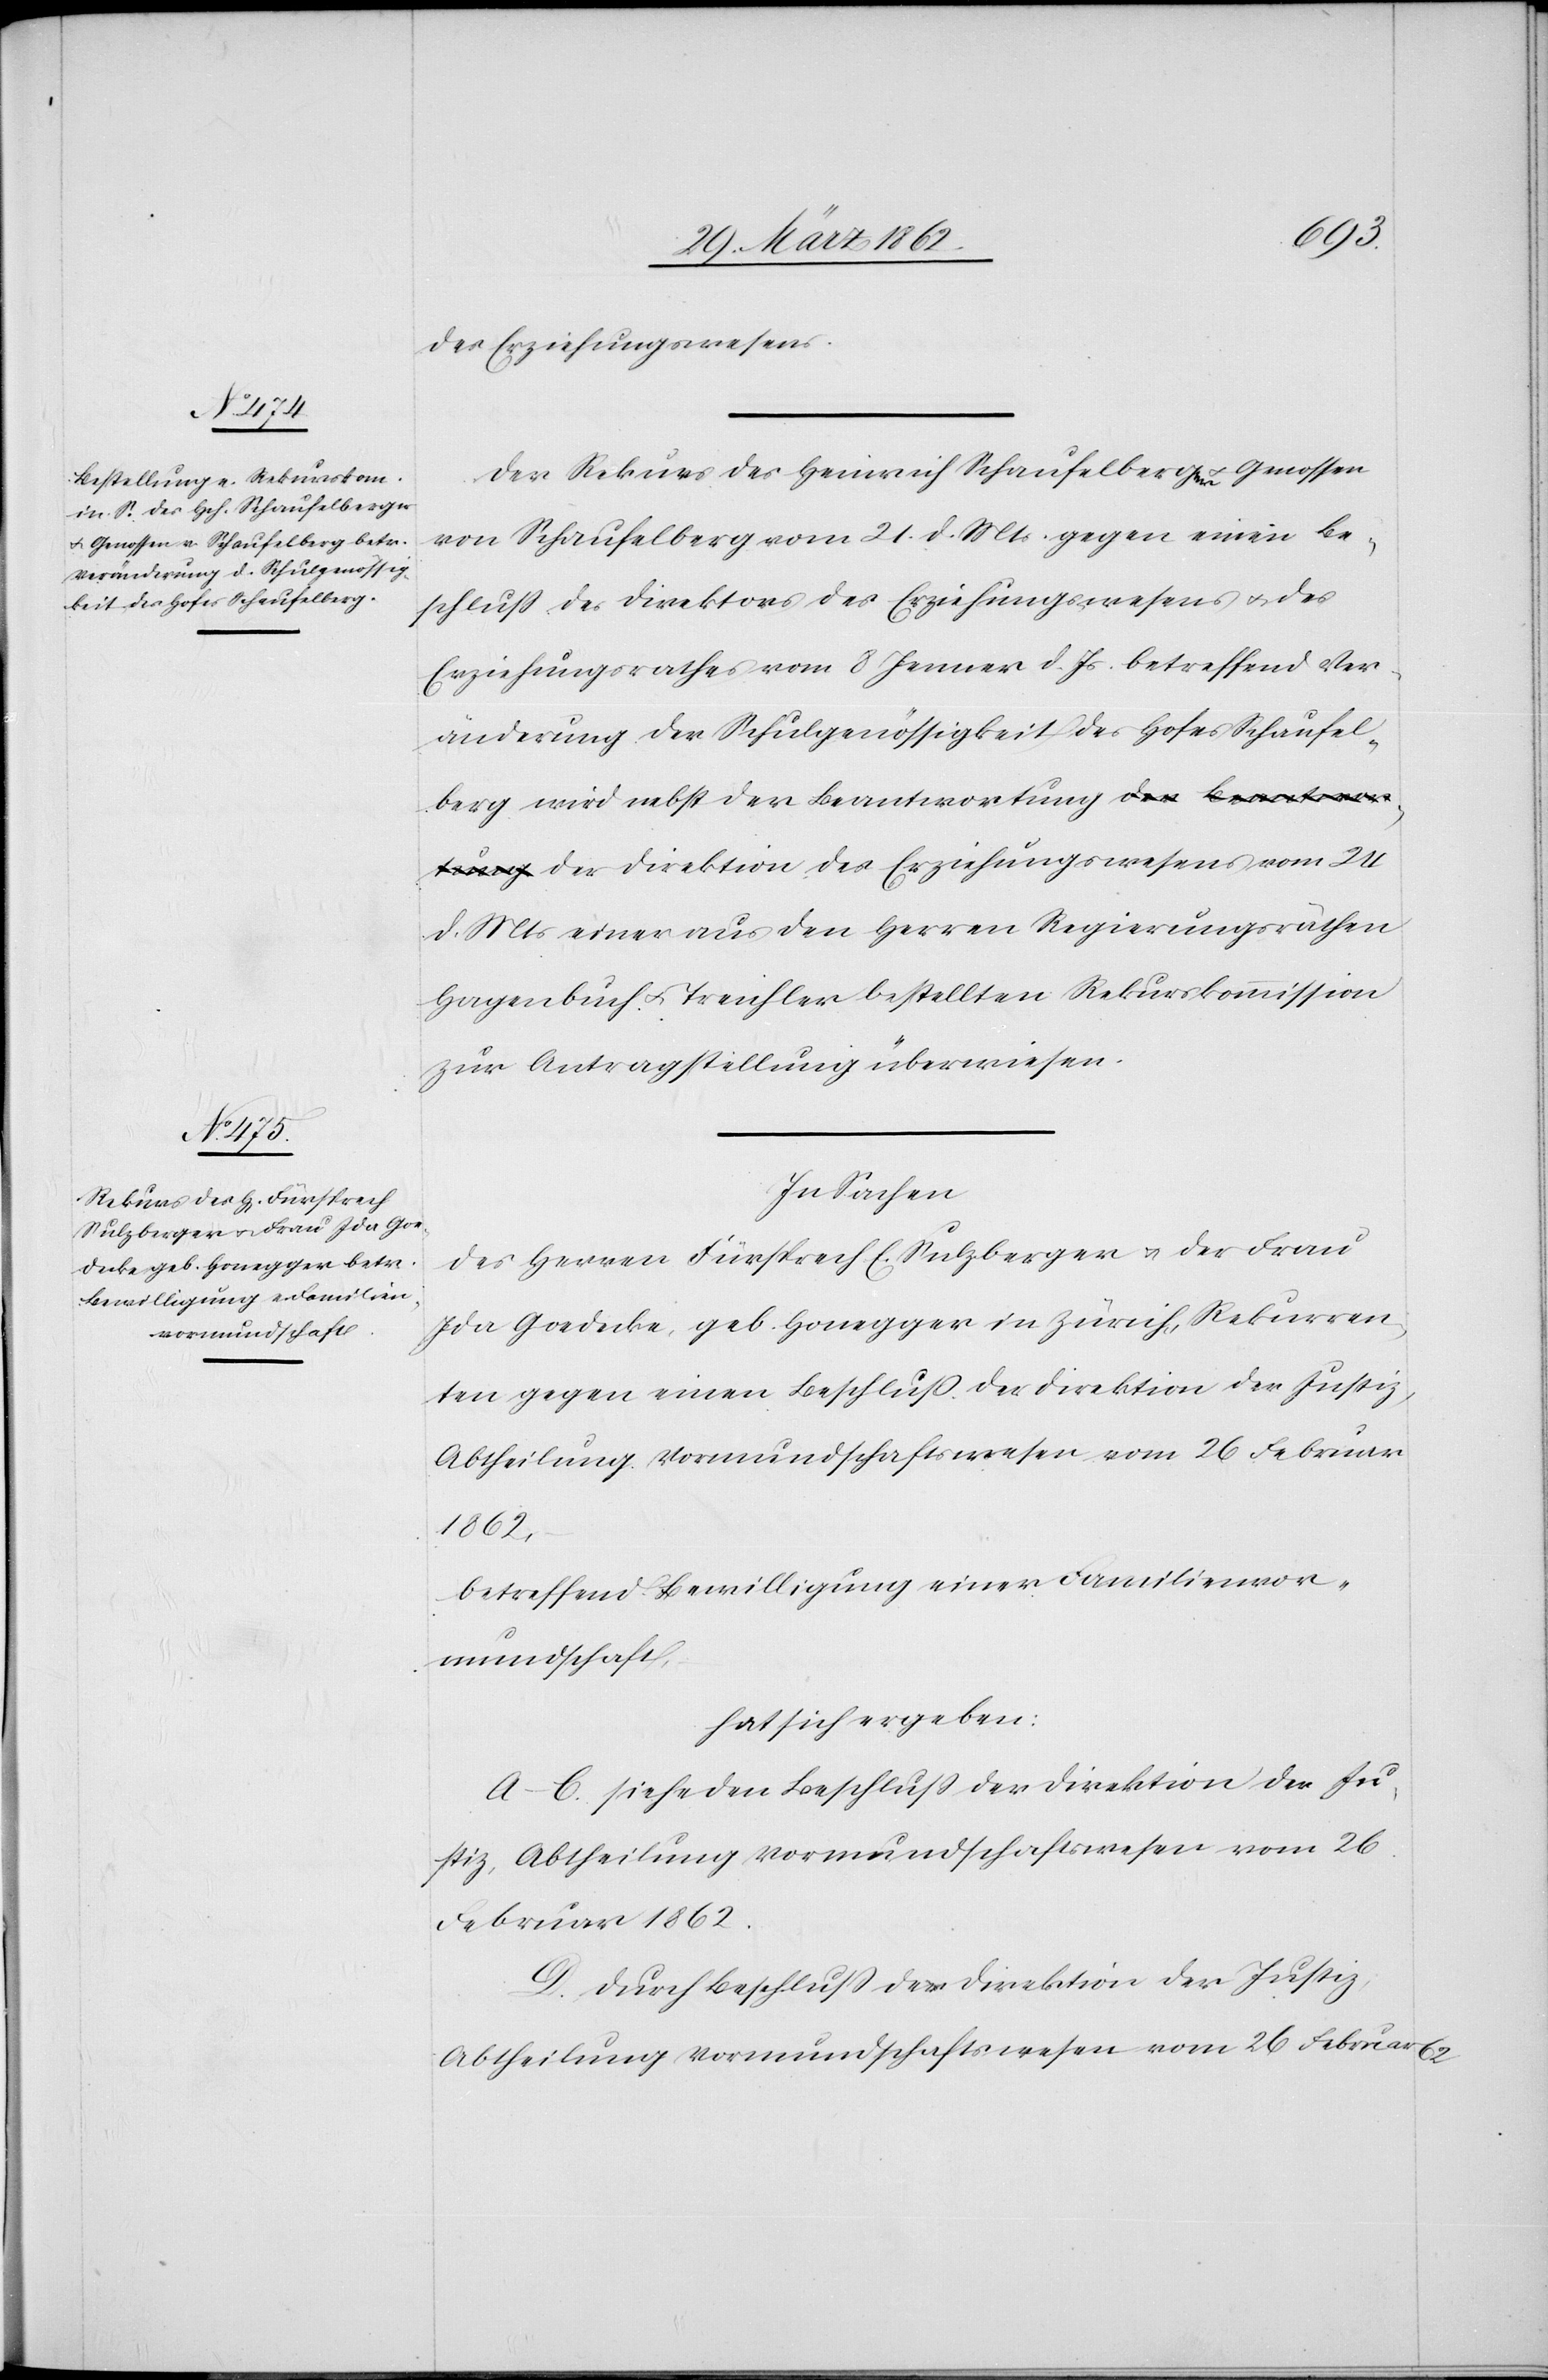
des Erziehungswesens
vom 24
Der Rekurs des Heinrich Schaufelberga-er-a u. Genossen
von Schaufelberg vom 21. d. Mts. gegen einen Be¬
schluß des Direktors des Erziehungswesens u. des
Erziehungsrathes vom 8 Jenner d. Js. betreffend Ver¬
änderung der Schulgenössigkeit des Hofes Schaufel¬
berg wird nebst der Beantwortung der Direktion
d. Mts einer aus den Herren Regierungsräthen
Hagenbuch u. Treichler bestellten Rekurskommission
zur Antragstellung überwiesen.
In Sachen
des Herren Fürsprech E. Sulzberger u. der Frau
Ida Goedecke, geb. Honegger in Zürich, Rekurren¬
ten gegen einen Beschluß der Direktion der Justiz,
Abtheilung Vormundschaftswesen vom 26 Februar
1862,
betreffend Bewilligung einer Familienvor¬
mundschaft,
hat sich ergeben:
A–C. siehe den Beschluß der Direktion der Ju¬
stiz, Abtheilung Vormundschaftswesen vom 26.
Februar 1862.
D. Durch Beschluß der Direktion der Justiz,
Abtheilung Vormundschaftswesen, vom 26 Februar 62